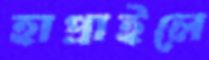
হাপ্‌রাইলে